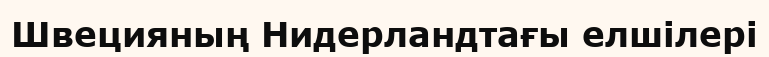
Швецияның Нидерландтағы елшілері